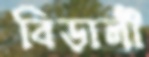
বিড়ালী